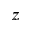
z